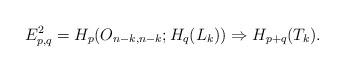
LaTeX: \begin{align*}E^{2}_{p,q} = H_{p}(O_{n-k, n-k}; H_{q}(L_{k})) \Rightarrow H_{p+q}(T_{k}). \end{align*}